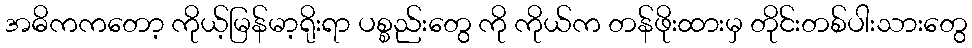
အဓိကကတော့ ကိုယ့်မြန်မာ့ရိုးရာ ပစ္စည်းတွေ ကို ကိုယ်က တန်ဖိုးထားမှ တိုင်းတစ်ပါးသားတွေ